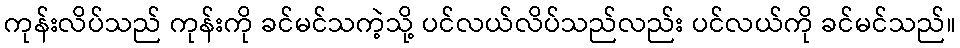
ကုန်းလိပ်သည် ကုန်းကို ခင်မင်သကဲ့သို့ ပင်လယ်လိပ်သည်လည်း ပင်လယ်ကို ခင်မင်သည်။